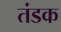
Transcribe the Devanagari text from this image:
तंडक